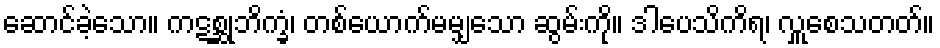
ဆောင်ခဲ့သော။ ကဋစ္ဆုဘိက္ခံ၊ တစ်ယောက်မမျှသော ဆွမ်းကို။ ဒါပေသိကိရ၊ လှူစေသတတ်။